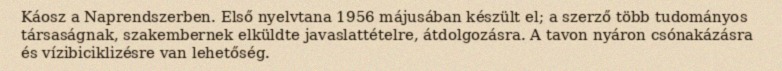
Káosz a Naprendszerben. Első nyelvtana 1956 májusában készült el; a szerző több tudományos társaságnak, szakembernek elküldte javaslattételre, átdolgozásra. A tavon nyáron csónakázásra és vízibiciklizésre van lehetőség.